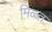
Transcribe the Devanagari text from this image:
मिळ्त